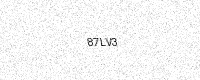
Text: 87LV3